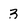
Character: 3